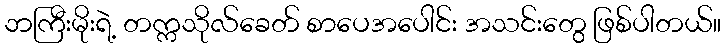
ဘကြီးမိုးရဲ့ တက္ကသိုလ်ခေတ် စာပေအပေါင်း အသင်းတွေ ဖြစ်ပါတယ်။